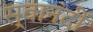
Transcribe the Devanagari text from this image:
स्वानंदीं